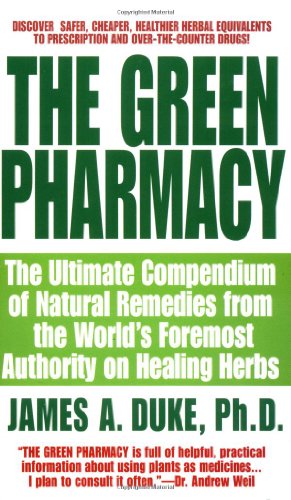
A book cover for The Green Pharmacy: The Ultimate Compendium Of Natural Remedies From The World's Foremost Authority On Healing Herbs; James A. Duke; Health, Fitness & Dieting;